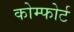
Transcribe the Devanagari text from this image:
कोम्फोर्ट